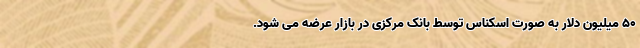
۵۰ میلیون دلار به صورت اسکناس توسط بانک مرکزی در بازار عرضه می شود.